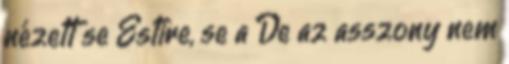
nézett se Estire, se a De az asszony nem